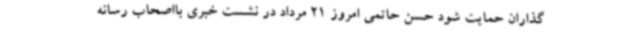
گذاران حمایت شود حسن حاتمی امروز 21 مرداد در نشست خبری بااصحاب رسانه